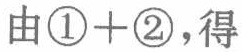
由\textcircled{1}+\textcircled{2}，得